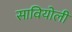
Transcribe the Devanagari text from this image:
सावियोली